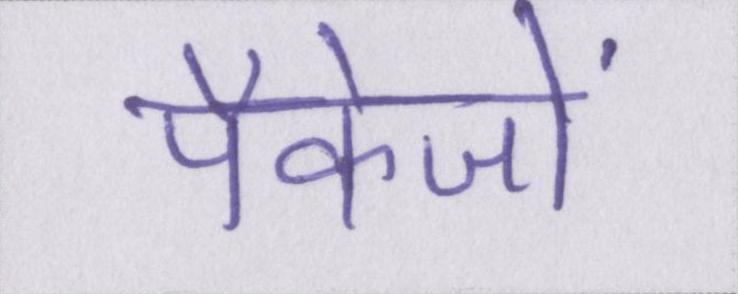
पैकेजों